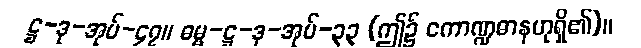
ဋ္ဌ-ဒု-အုပ်-၄၇။ ဓမ္မ-ဋ္ဌ-ဒု-အုပ်-၃၃ (ဤ၌ ကောဏ္ဍဓာနဟုရှိ၏)။